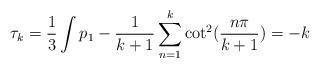
LaTeX: \begin{align*}\tau_{k} = \frac{1}{3} \int p_{1} - \frac{1}{k+1} \sum_{n=1}^{k} \cot^{2}(\frac{n\pi}{k+1}) = -k\end{align*}